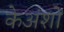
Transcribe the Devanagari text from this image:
केअंशों